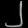
Digit: ၂